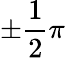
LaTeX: \pm\frac 12\pi